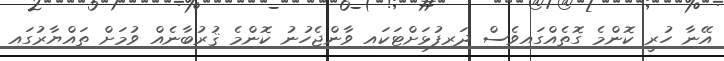
އޭނާ ހުރީ ކޮންމެ ގޮތެއްގައިވެސް ދަރިފުޅަށްޓަކައި ވާންޖެހުނު ކޮންމެ ޤުރުބާނެއް ވުމަށް ތައްޔާރުގައި